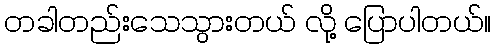
တခါတည်းသေသွားတယ် လို့ ပြောပါတယ်။